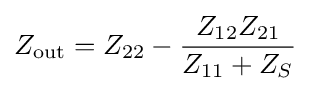
Z_{\text{out}}=Z_{22}-{\frac {Z_{12}Z_{21}}{Z_{11}+Z_{S}}}